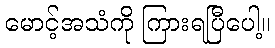
မောင့်အသံကို ကြားရပြီပေါ့။